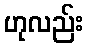
ဟုလည်း